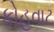
કોહવાટ